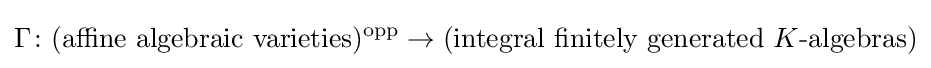
\Gamma \colon ({\text{affine algebraic varieties}})^{\rm {opp}}\to ({\text{integral finitely generated }}K{\text{-algebras}})